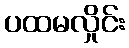
ပထမလှိုင်း